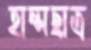
হান্সছাত্র